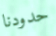
حدودنا